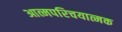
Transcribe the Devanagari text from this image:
आत्मपरिचयात्मक